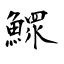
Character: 鰥